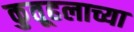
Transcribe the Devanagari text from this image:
कुतूहलाच्या